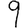
Digit: 9